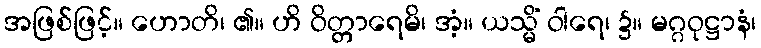
အဖြစ်ဖြင့်။ ဟောတိ၊ ၏။ ဟိ ဝိတ္တာရေမိ၊ အံ့။ ယသ္မိံ ဝါရေ၊ ၌။ မဂ္ဂဝုဋ္ဌာနံ၊